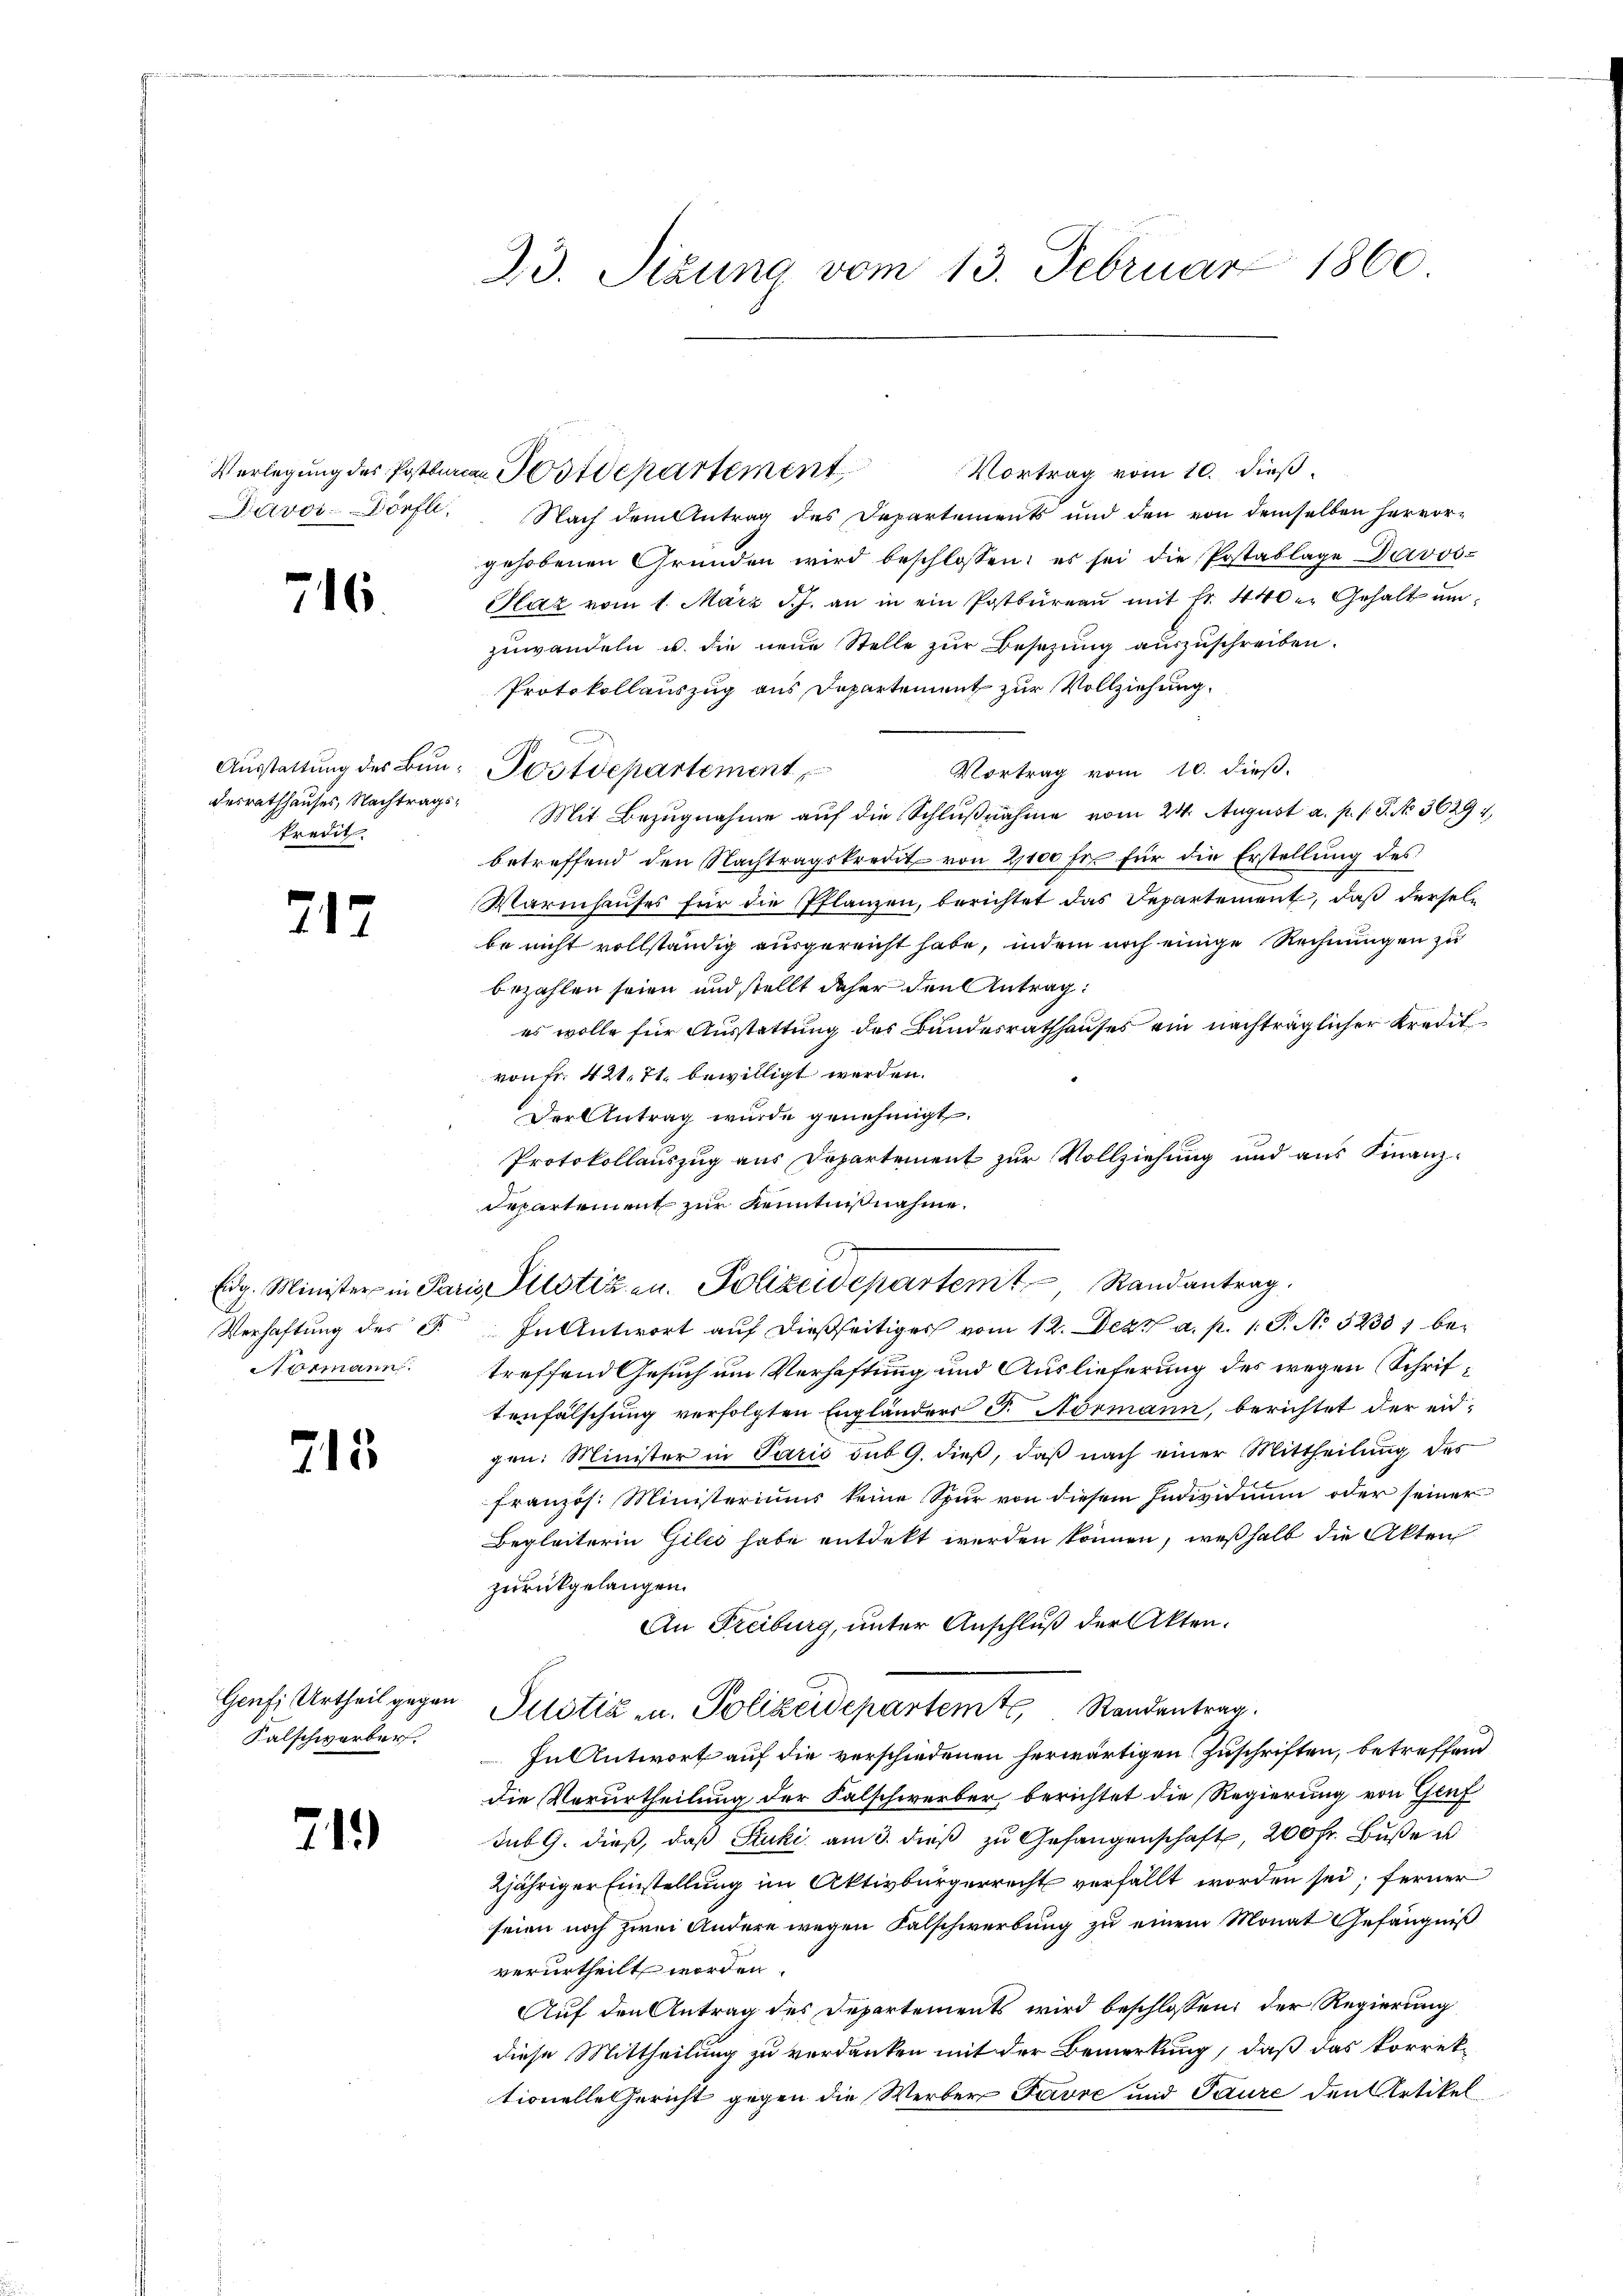
Davos- Dörfli

76

Ausstattung des Bundesrathhauses, Nachtragskredit.

217

Normann.

213

Genf, Urtheil gegen
Salschwerber.

219

23. Sizung vom 13. Februar 1860

Vortrag vom 10. dieß.
Verlegung des Postbaren Postdepartement
Nach dem Antrag des Departements und den von demselben hervorgehobenen Gründen wird beschlossen: es sei die Postablage Davos-
Slaz vom 1. März d. J. an in ein Patbureau mit fr. 440 u. Gehalt umzuwandeln u. die neue Stelle zur Besetzung auszuschreiben.
Protokollauszug aus Departement zur Vollziehung.
Vortrag vom 10. dieß.
Mit Bezugnahme auf die Schlußnahme vom 24. August a. p. 1. P. No. 3629
betreffend den Nachtragskredit von 2000 fr für die Erstellung des
Warmhaŭses für die Pflanzen, berichtet das Departement, daß derselbe nicht vollständig ausgereicht habe, indem noch einige Rechnungen zu
bezahlen seien und stellt daher den Antrag:
es wolle für Ausstattung des Bundesrathhauses ein nachträglicher Kredit
von Fr. 421. 71. bewilligt werden.
Der Antrag wurde genehmigt.
Protokollauszug aus Departement zur Vollziehung und aus Finanz¬
Departement zur Kenntnißnahme.
Verhaftung des F. In Antwort aŭf dießseitiges vom 12. Dez. a. p. 1. P. No 5233, betreffend Gesuch um Verhaftung und Auslieferung des wegen Schriftenfälschung verfolgten Engländers P. Normann, berichtet der eidgen: Minister in Paris sub 9. dieβ, daβ nach einer Mittheilung des
französ. Ministeriums keine Spur von diesem Individium oder seiner
Begleiterin Giles habe entdekt werden können, weßhalb die Akten
zurückgelangen.
An Freiburg, unter Anschluß der Akten.
Justiz- u. Polizeidepartemt, Randentrag.
In Antwort auf die verschiedenen herwärtigen Zuschriften, betreffend
die Verurtheilung der Falschwerber berichtet die Regierung von Genf
sub 9. dieβ, daβ Stuki am 3. dieβ zŭ Gefangenschaft, 200 fr. Bŭβe u
2jähriger Einstellung im Aktivbürgerrecht verfällt worden sei; ferner
seien noch zwei Andere wegen Falschwerbung zu einem Monat Gefängniß
verurtheilt worden.
Auf den Antrag des Departements wird beschlossen, der Regierung
diese Mittheilung zu verdanken mit der Bemerkung, daß das korrek-
tionelle Gericht gegen die Werber Favre und Paure den Artikel

Postdepartement

n
Eidg. Minister in Paris Pilotizen. Polizeidepartent Randantrag.